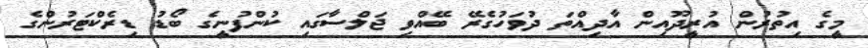
މީގެ އިތުރުން އުރީދޫއިން އާދިއްތަ ދުވަހުގެރޭ ބޭއްވި ޖަލްސާގައި ކުންފުނީގެ ބޯޑު ޑިރެކްޓަރުންގެ